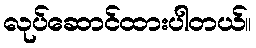
လုပ်ဆောင်ထားပါတယ်။